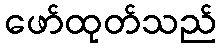
ဖော်ထုတ်သည်